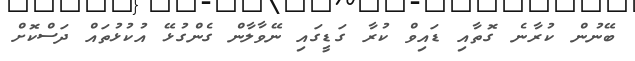
ބޭނުން ކުރާނެ ގޮތާއި ޑައިވް ކުރާ ގަޑީގައި ނޭވާލާން ގެންގުޅޭ އުކުޅުތައް ދަސްކޮށް